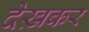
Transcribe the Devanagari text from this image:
देख़कर